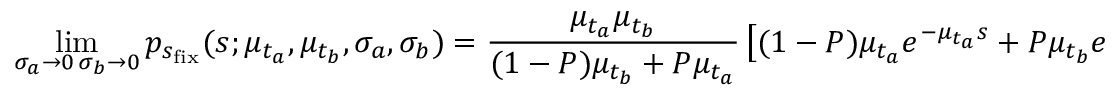
\operatorname* { l i m } _ { \substack { \sigma _ { a } \rightarrow 0 \, \sigma _ { b } \rightarrow 0 } } p _ { s _ { \mathrm { f i x } } } ( s ; \mu _ { t _ { a } } , \mu _ { t _ { b } } , \sigma _ { a } , \sigma _ { b } ) = \frac { \mu _ { t _ { a } } \mu _ { t _ { b } } } { ( 1 - P ) \mu _ { t _ { b } } + P \mu _ { t _ { a } } } \left[ ( 1 - P ) \mu _ { t _ { a } } e ^ { - \mu _ { t _ { a } } s } + P \mu _ { t _ { b } } e ^ { - \mu _ { t _ { b } } s } \right] ,